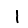
Digit: 1